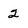
Character: 2